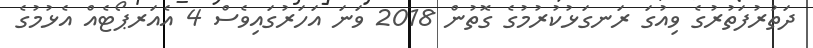
ދަތުރުފަތުރުގެ ވިއުގަ ރަނގަޅުކުރުމުގެ ގޮތުން 2018 ވަނަ އަހަރުގައިވެސް 4 އެއަރޕޯޓެއް އެޅުމުގެ